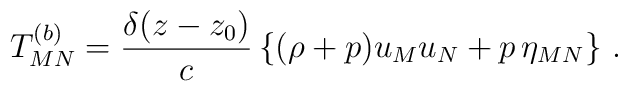
T^{(b)} _{MN} = {{\delta (z-z_0)} \over c} \left\{ (\rho +p) u_M u_N +p \, \eta_{MN} \right\}\, .